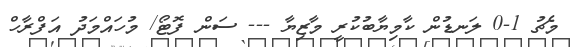
މެޗު 1-0 ލަނޑުން ކާމިޔާބުކުރީ މާޒިޔާ --- ސަން ފޮޓޯ/ މުހައްމަދު އަފްރާހް